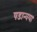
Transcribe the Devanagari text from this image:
षडान्वया